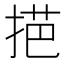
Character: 𢯓